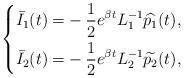
LaTeX: \begin{align*}\left\{\begin{aligned}\bar{I}_1(t)=&-\frac{1}{2}e^{\beta t}L_1^{-1}\widehat{p_1}(t),\\\bar{I}_2(t)=&-\frac{1}{2}e^{\beta t}L_2^{-1}\widetilde{p_2}(t),\end{aligned}\right.\end{align*}